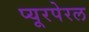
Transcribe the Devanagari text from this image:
प्यूरपेरल